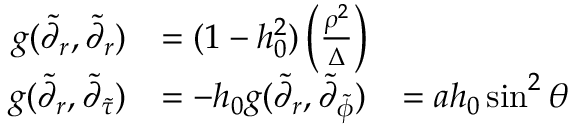
\begin{array} { r l r } { g ( \widetilde { \partial } _ { r } , \widetilde { \partial } _ { r } ) } & { = ( 1 - h _ { 0 } ^ { 2 } ) \left( \frac { \rho ^ { 2 } } { \Delta } \right) } \\ { g ( \widetilde { \partial } _ { r } , \widetilde { \partial } _ { { \widetilde { \tau } } } ) } & { = - h _ { 0 } g ( \widetilde { \partial } _ { r } , \widetilde { \partial } _ { \widetilde { \phi } } ) } & { = a h _ { 0 } \sin ^ { 2 } \theta } \end{array}